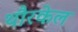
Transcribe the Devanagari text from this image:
थौरकेल